Scottish Leaving Certificate Examination, 1958
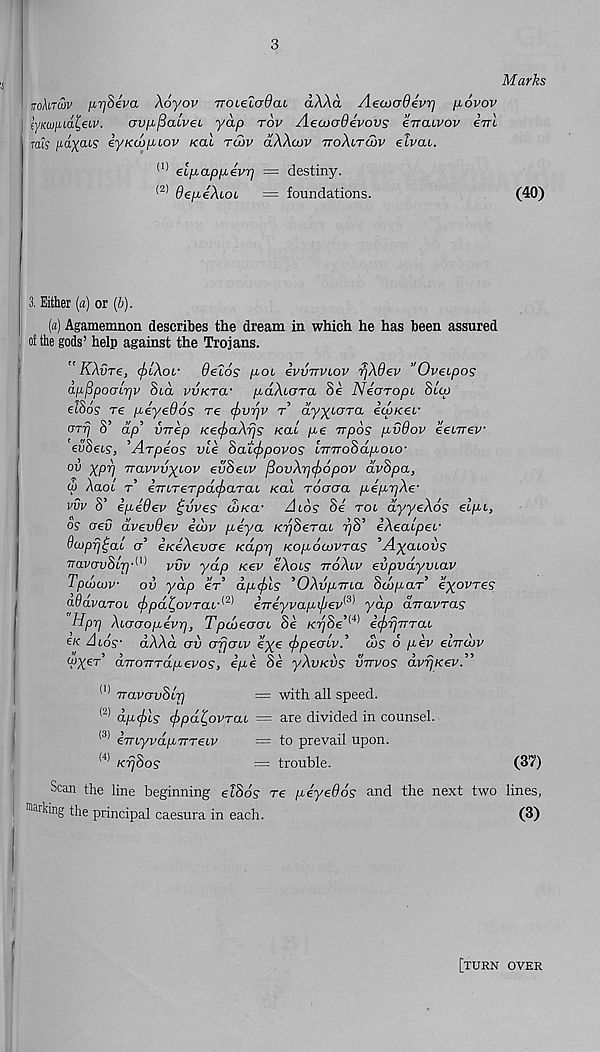
3
Marks
nohraiv nrjSeva Xoyov TTOLeZadcu dXXa AecucrOevr] [iovov
mcufud^eiv.
av^/Saivei yap rov AecooOevovs erraivov irrl
mis payais eyKoopcov xal toiv dXXcov ttoXltcov elvat.
(1) elpappevr) = destiny.
* 2) depeXiOL = foundations.
(40)
3, Either («) or (b).
(a) Agamemnon describes the dream in which he has been assured
of the gods’ help against the Trojans.
" KXvre, <f>LXor OeZos pot ivvTrvcov rjXdev "Oveipos
apfipocrlrjv Sid vvKTa- pdXiara Se Nearopi Slip
ASos re peyeOos re (jrvrjv t ayyioTa iipnei'
cnrj S’ dp’ vTrep Keif>aXrjs nai pe Trpos pvOov eenrev
evSeis, ’Arpeos vie Satcfipovos imroSapoio-
ov ypp TTavvvyiov evSeiv fiovXr](f)6pov dvSpa,
(b Xaol t eTriTeTpd(f>aTai /cat Toaaa peprjXe'
vvv S’ ipedev £vves c3/ca - /!to? Se roi dyyeXos eipi,
os aev dvevdev ecbv peya KijSerai rjS’ iXealpei-
Sojp-fj^al o’ eKeXevoe Kapp Kopoiovras ’A^aiovs
7?-avCTu8t7j- (1) vvv yap nev eXois ttoXiv evpvdyviav
Tpaxjuv ov yap er’ dpcjdis ’OXvpiTia Sdbpar eyovres
aSavaroi (f>pd£ 1 ovTaA 2 ' 1 eneyvapifjev^ yap arravTas
Hpp Xiooopevrj, Tpioeooi Se KrjSe’ w i(f>rjiTTai
en Aids' aAAa ov orjoiv eve ihpeoiv.’ a>s 6 pev e’nrdbv
5 5
/
\ ff
5^v
5J
VX eT aTTOTTrapevos, epe oe yAVKVS vttvos avpKev.
vavovSlr)
= with all speed.
( “ ) dpijns ifopd^ovTai = are divided in counsel.
<3) iiriyvdpTTTeiv
= to prevail upon.
( ' 1) KrjSos
= trouble.
(37)
Scan the line beginning eiSds re peyedds and the next two lines,
irking
principal caesura in each.
(3)
[turn over